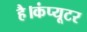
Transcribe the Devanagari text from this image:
है।कंप्यूटर